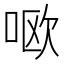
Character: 𫪘